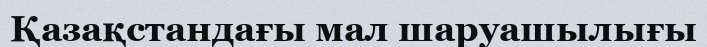
Қазақстандағы мал шаруашылығы